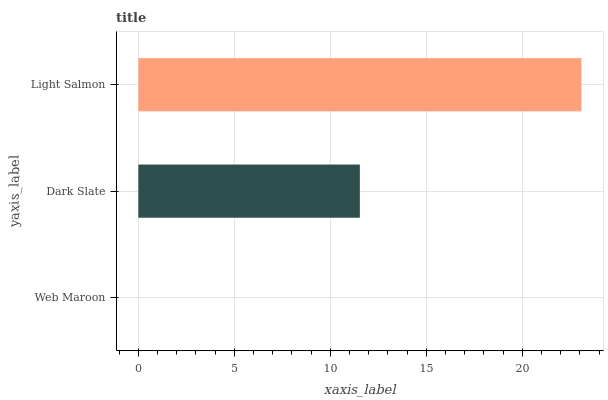
| yaxis_label | bars |
 | --- | --- |
 | Web Maroon | 0 |
 | Dark Slate | 11.5 |
 | Light Salmon | 23.1 |